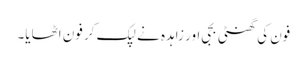
فون کی گھنٹی بجی اور زاہدہ نے لپک کر فون اٹھایا۔